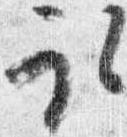
取